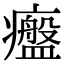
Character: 𤻷